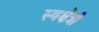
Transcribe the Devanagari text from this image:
स्वक्षेत्री